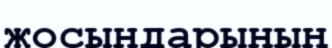
жосындарының